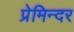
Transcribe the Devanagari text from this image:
प्रेमिन्दर